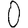
Digit: 0